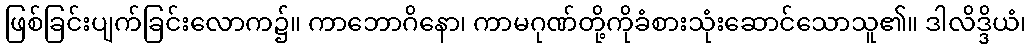
ဖြစ်ခြင်းပျက်ခြင်းလောက၌။ ကာဘောဂိနော၊ ကာမဂုဏ်တို့ကိုခံစားသုံးဆောင်သောသူ၏။ ဒါလိဒ္ဒိယံ၊